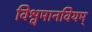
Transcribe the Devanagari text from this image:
विश्वमानवियम्